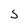
Character: 5